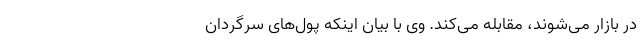
در بازار می‌شوند، مقابله می‌کند. وی با بیان اینکه پول‌های سرگردان